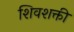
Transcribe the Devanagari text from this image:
शिवशक्ती